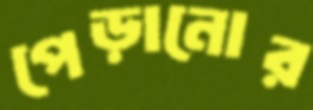
পেড়ানোর